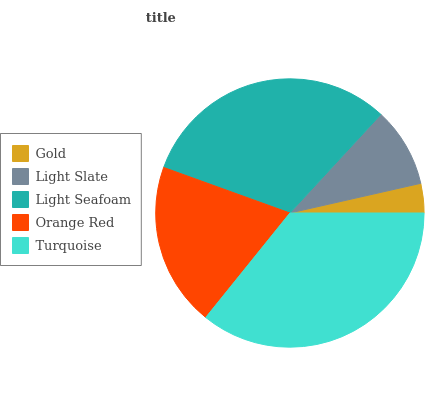
| Gold | Light Slate | Light Seafoam | Orange Red | Turquoise |
 | --- | --- | --- | --- | --- |
 | 3.53% | 9.59% | 31.3% | 19.7% | 35.8% |